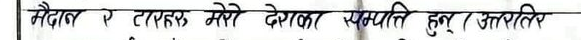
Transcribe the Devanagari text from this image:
नेपाल र टान्टन मेरो देशका सम्पत्ति हुन् ।